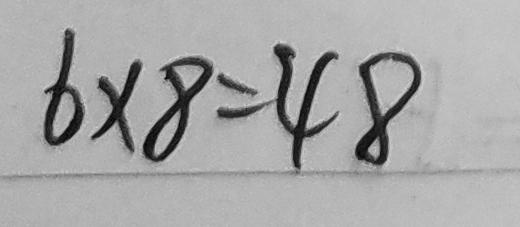
6 \times 8 = 4 8